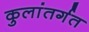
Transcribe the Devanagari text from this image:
कुलांतर्गत